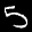
Label: 5